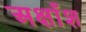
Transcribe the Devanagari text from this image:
अक्षाँश